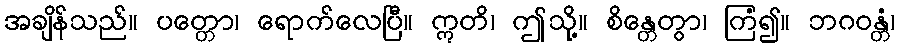
အချိန်သည်။ ပတ္တော၊ ရောက်လေပြီ။ ဣတိ၊ ဤသို့။ စိန္တေတွာ၊ ကြံ၍။ ဘဂဝန္တံ၊